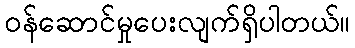
ဝန်ဆောင်မှုပေးလျက်ရှိပါတယ်။